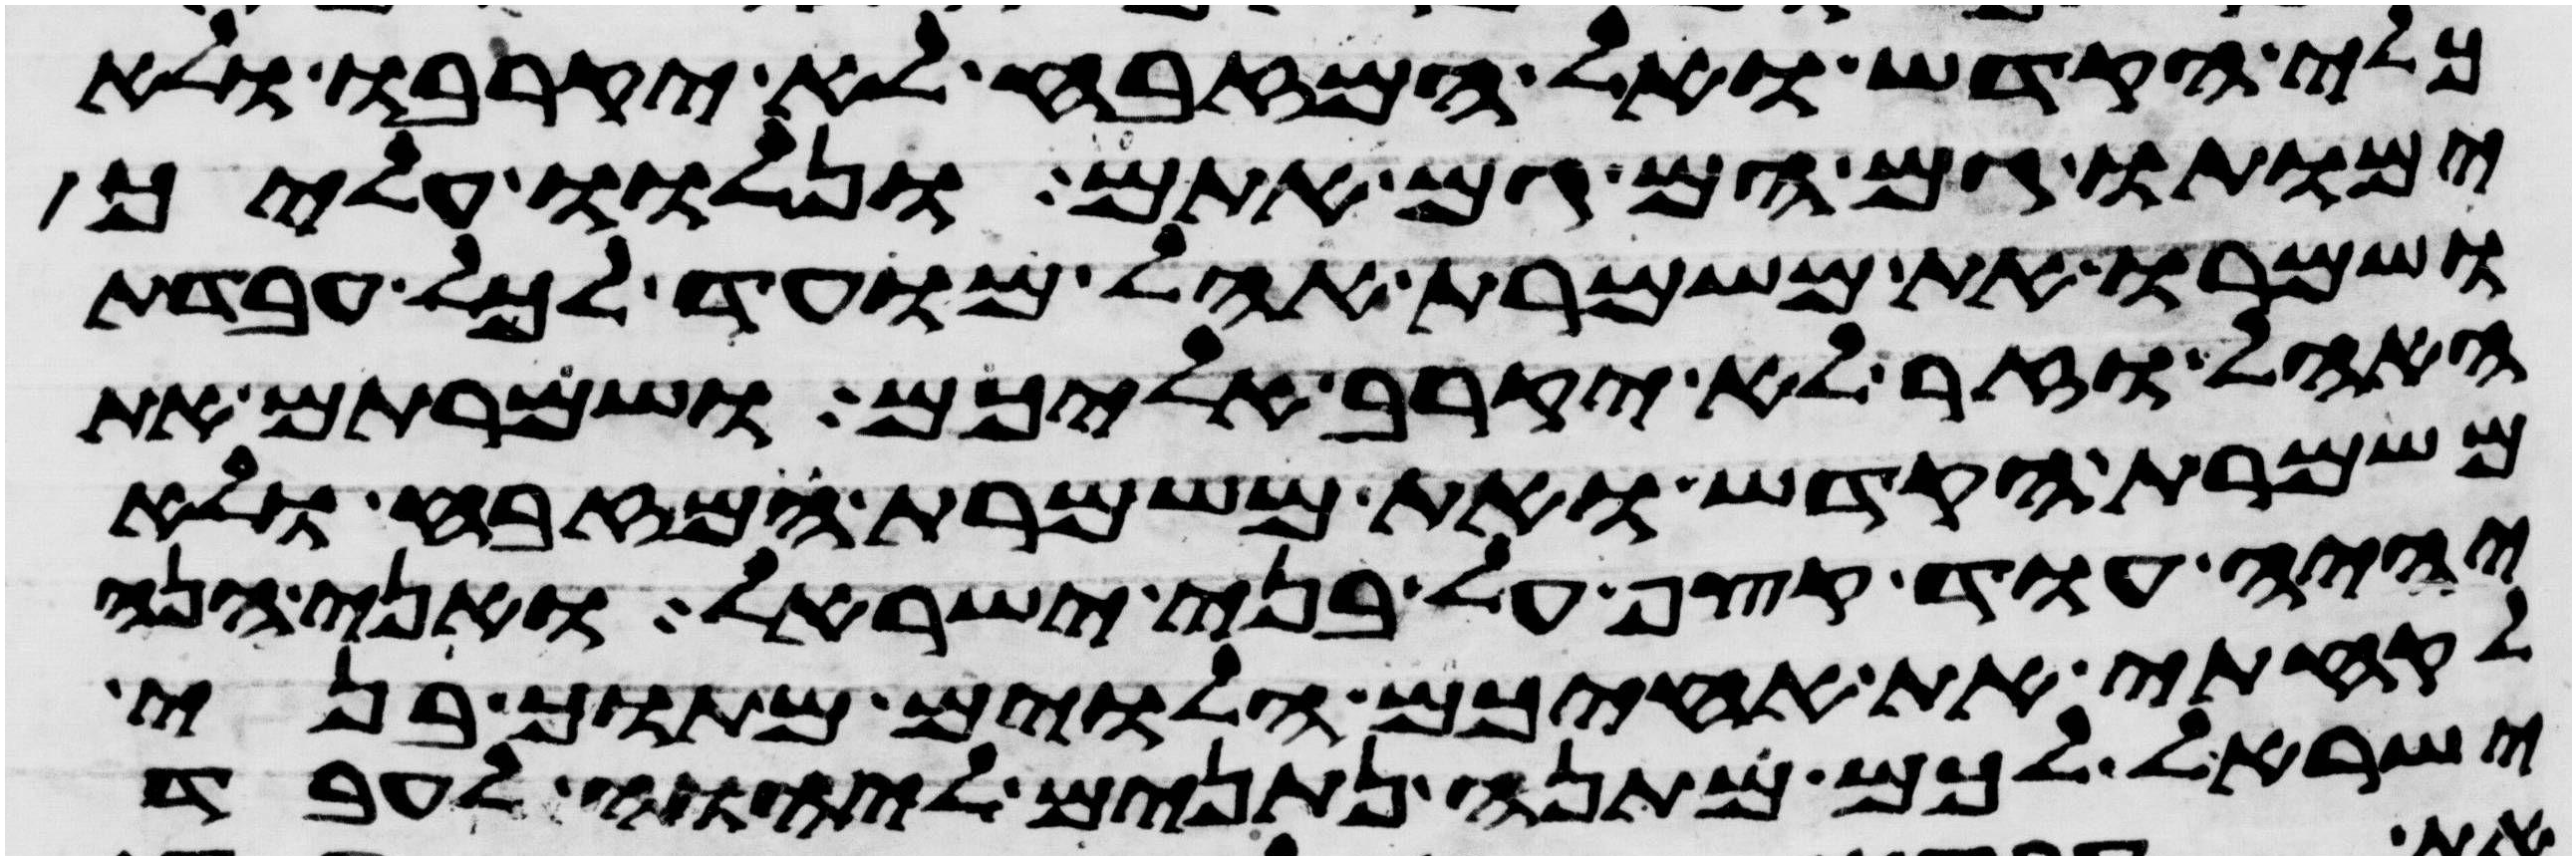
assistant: כלי הקדש ואל המזבח לא יקרבו ולא
ימותו גם הם גם אתם ונלוו עליך
ושמרו את משמרת אהל מועד לכל עבדת
האהל וזר לא יקרב אליכם ושמרתם את
משמרת הקדש ואת משמרת המזבח ולא
יהיה עוד קצף על בני ישראל ואני הנה
לקחתי את אחיכם הלוים מתוך בני
ישראל לכם מתנה נתנים ליהוה לעבד